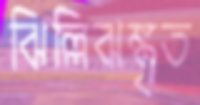
ঝিল্লিঝঙ্কৃত